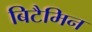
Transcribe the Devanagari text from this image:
बिटैमिन